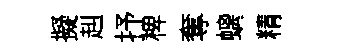
擬赳抒椑奪螭精